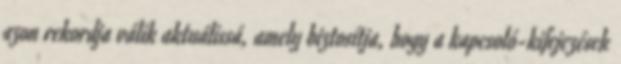
azon rekordja válik aktuálissá, amely biztosítja, hogy a kapcsoló-kifejezések